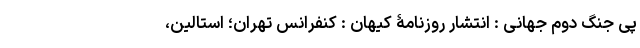
پی جنگ دوم جهانی : انتشار روزنامۀ کیهان : کنفرانس تهران؛ استالین،